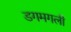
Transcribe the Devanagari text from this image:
डगमगली